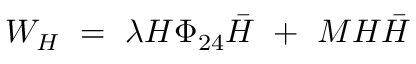
W _ { H } \ = \ \lambda H \Phi _ { 2 4 } { \bar { H } } \ + \ M H { \bar { H } }